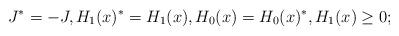
LaTeX: \begin{align*}& J^*=-J, H_1(x)^*=H_1(x), H_0(x)=H_0(x)^*, H_1(x)\geq 0;\end{align*}